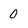
Character: 0